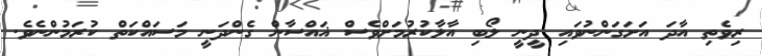
ރިވެތި އާދަ އަށަގަންނުވައި ދީނީ ލޯބި އާލާކުރުމަށްވެސް ޣައްސާން ގެންދަނީ މަސައްކަތް ކުރަމުންނެވެ.